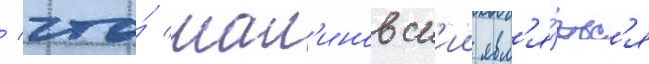
/ что́ мал'иновск'ии явл'я́етс'я